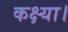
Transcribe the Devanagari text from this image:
कक्ष्या।